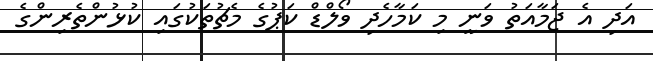
އަދި އެ ޖަމާއަތު ވަނީ މި ކަމާހެދި ވޯލްޑް ކަޕުގެ މެޗުތަކުގައި ކުޅުންތެރިންގެ